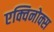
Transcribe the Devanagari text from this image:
एक्विनोक्स